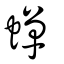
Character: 蟬